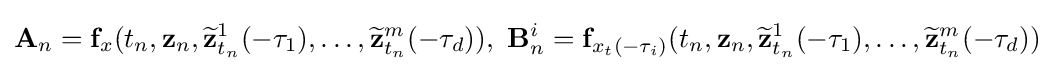
\mathbf {A} _{n}=\mathbf {f} _{x}(t_{n},\mathbf {z} _{n},{\widetilde {\mathbf {z} }}_{t_{n}}^{1}(-\tau _{1}),\ldots ,{\widetilde {\mathbf {z} }}_{t_{n}}^{m}(-\tau _{d})),{\text{ }}\mathbf {B} _{n}^{i}=\mathbf {f} _{x_{t}(-\tau _{i})}(t_{n},\mathbf {z} _{n},{\widetilde {\mathbf {z} }}_{t_{n}}^{1}(-\tau _{1}),\ldots ,{\widetilde {\mathbf {z} }}_{t_{n}}^{m}(-\tau _{d}))